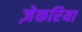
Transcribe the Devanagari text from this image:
ज़ेकरिया